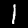
Label: 1